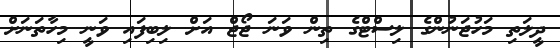
ދީލަތި މަހުޖަނުންގެ ލިސްޓްގެ ތިން ވަނަ ޖޯޖް އަށް ލިބިފައި ވަނީ މިހާތަނަށް